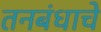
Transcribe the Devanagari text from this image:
तनबंधाचे